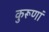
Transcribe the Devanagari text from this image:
कुरूणां